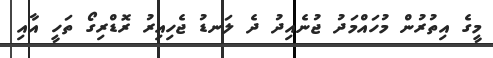
މީގެ އިތުރުން މުހައްމަދު ޖުނެއިދު ދެ ލަނޑު ޖެހިއިރު ރޮޑްރިގޯ ތަހީ އާއި